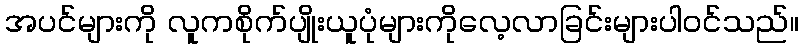
အပင်များကို လူကစိုက်ပျိုးယူပုံများကိုလေ့လာခြင်းများပါဝင်သည်။